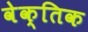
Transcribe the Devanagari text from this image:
वेक्तिक